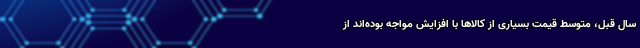
سال قبل،‌ متوسط قیمت بسیاری از کالاها با افزایش مواجه بوده‌اند از